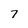
Character: 7